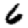
Digit: 6